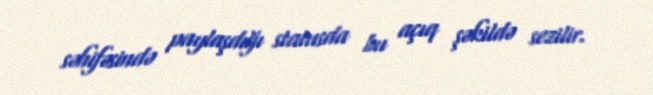
səhifəsində paylaşdığı statusda bu açıq şəkildə sezilir.